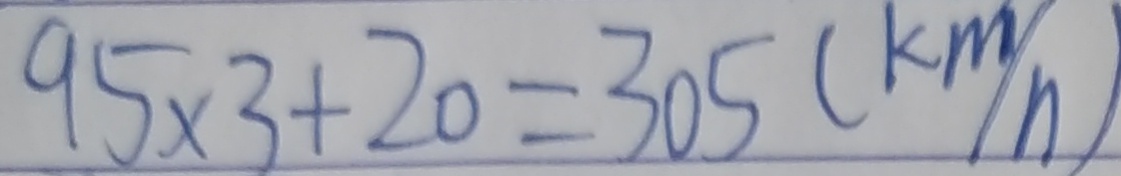
9 5 \times 3 + 2 0 = 3 0 5 ( k m / n )